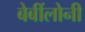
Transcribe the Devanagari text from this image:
बेबींलोनी